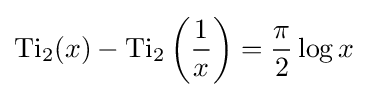
\operatorname {Ti} _{2}(x)-\operatorname {Ti} _{2}\left({\frac {1}{x}}\right)={\frac {\pi }{2}}\log x